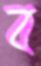
ব